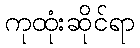
ကုထုံးဆိုင်ရာ